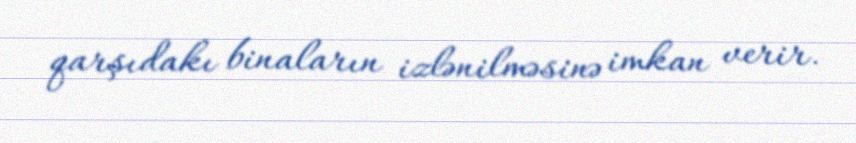
qarşıdakı binaların izlənilməsinə imkan verir.